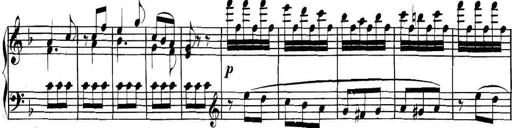
Title: Collected Piano Sonatas
Composer: Muzio Clementi